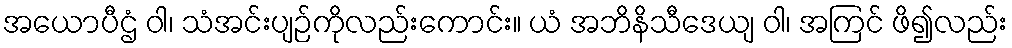
အယောပီဌံ ဝါ၊ သံအင်းပျဉ်ကိုလည်းကောင်း။ ယံ အဘိနိသီဒေယျ ဝါ၊ အကြင် ဖိ၍လည်း